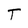
Character: T